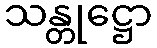
သန္တုဋ္ဌော